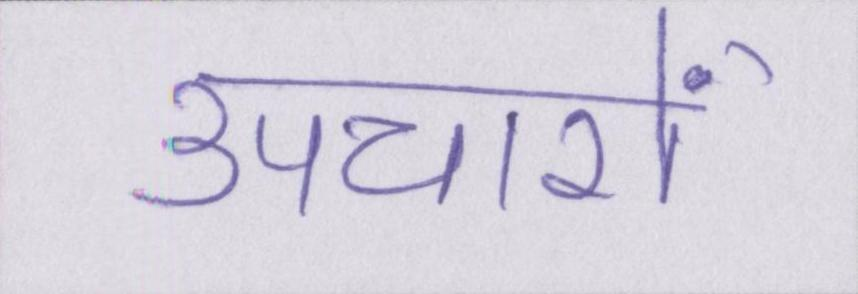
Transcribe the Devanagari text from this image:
उपचारों